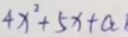
4 x ^ { 2 } + 5 x + a